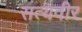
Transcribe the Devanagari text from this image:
सत्यवीर